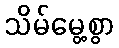
သိမ်မွေ့စွာ